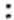
: